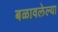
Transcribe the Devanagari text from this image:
बळावलेल्या